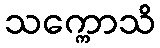
သက္ကောသိ